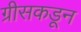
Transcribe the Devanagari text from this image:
ग्रीसकडून